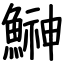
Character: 鰰